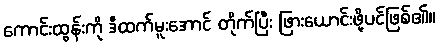
ကောင်းထွန်းကို ဒီထက်မူးအောင် တိုက်ပြီး ဖြားယောင်းဖို့ပင်ဖြစ်၏။